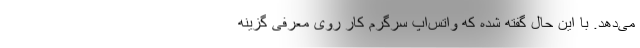
می‌دهد. با این حال گفته شده که واتس‌اپ سرگرم کار روی معرفی گزینه